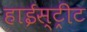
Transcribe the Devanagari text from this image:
हाईस्ट्रीट